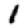
Digit: 1